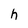
Character: h